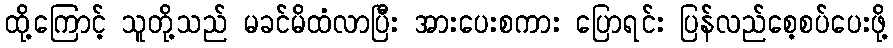
ထို့ကြောင့် သူတို့သည် မခင်မိထံလာပြီး အားပေးစကား ပြောရင်း ပြန်လည်စေ့စပ်ပေးဖို့